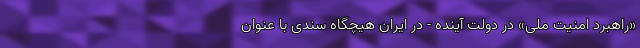
«راهبرد امنیت ملی» در دولت آینده - در ایران هیچگاه سندی با عنوان